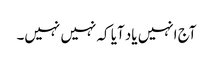
آج انہیں یاد آیا کہ نہیں نہیں۔